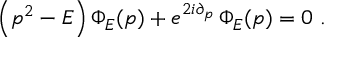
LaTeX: \left( p ^ { 2 } - E \right) \Phi _ { E } ( p ) + e ^ { 2 i \partial _ { p } } \, \Phi _ { E } ( p ) = 0 \; .